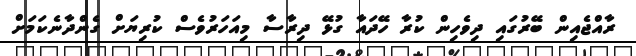
ރާއްޖެއިން ބޭރުގައި ދިވެހިން ކުރާ ހޭދައާ ގުޅޭ ދިރާސާ މިއަހަރުވެސް ކުރިޔަށް ގެންދާނެކަމަށް